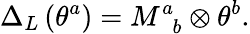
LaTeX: \Delta_{L}\left(\theta^{a}\right)=M_{\, \, \, b}^{a}\otimes\theta^{b}.